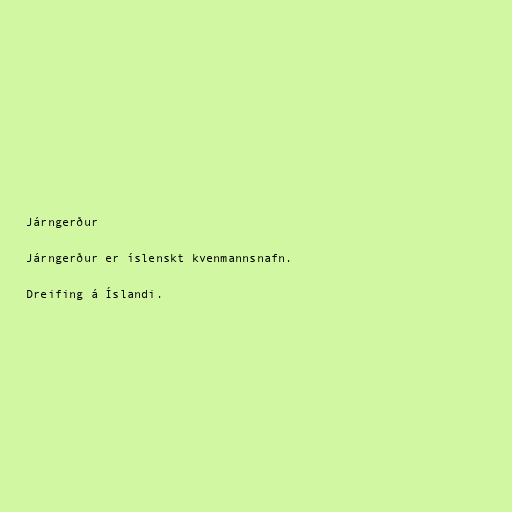
Járngerður

Járngerður er íslenskt kvenmannsnafn.

Dreifing á Íslandi.